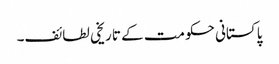
پاکستانی حکومت کے تاریخی لطائف۔